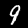
Digit: 9